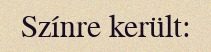
Színre került: